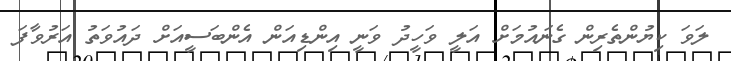
ލަވަ ކިޔުންތެރިން ގެނައުމަށް އަލީ ވަހީދު ވަނީ އިންޑިއަން އެންބަސީއަށް ދައުވަތު އަރުވާފަ